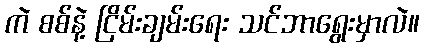
ကဲ စစ်နဲ့ ငြိမ်းချမ်းရေး သင်ဘာရွေးမှာလဲ။